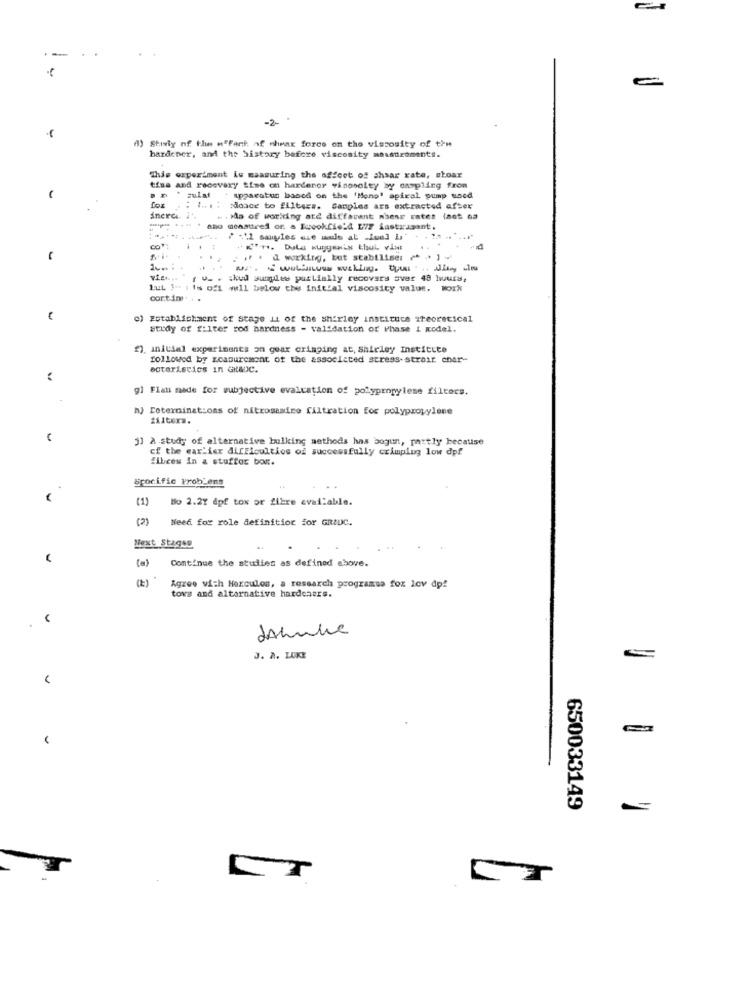
-2-
A) Staly of the efFant af whenx force on the viscosity of the
hardener, and the history before viscosity measurements.
This experiment is maamuring the offoot of shsar rate, skoar
tina and recovery sime on hardenor visoselty by caspling from
. mulat
apparatus based on the 'Meno' spiral pump wood
fox
. : 1 .. . : doce bo filters. Samples ars extracted after
ineres i'
. . Ma of working ate different niese ratet last Ga
map= "+" " ano meastired of a Euookfic'4 E77 fastrasant.
¿ - 11 sangles «se made at lus] L
"En Dula wugyanis thul vist
.. . . . d working, but stabilise: ** ]₩
vish .. " ( v. . : kud Jungles partially recovers svar 48 hours,
Lut 1- 1 is oft well below the initial viscosity value, Work
cortin. ..
o) Establishment of stage it of the shirley instituce zreoretical
study of filter rod hardness - validation of Phase i model.
2), initial experiments on goar cringing at, Shirley Institute
followed by zcasurement of the associated stress-strait cher-
ecteristics in GRADc.
gl Flan made for subjective evaluation of polypropylene filters.
h) Coterminations of nitrosamire filtration for polypropylene
tiltera.
j] A study of alternative bulking methods has bogun, partly because
cf the earlier difficulties of successfully crimping low dpf
fibces in & stuffor bom.
Specific ProbLens
(1)
Bo 2.27 apf tox or fibre available.
(2)
Need for role definition for GRIDC.
Next Stageg
Continue the studies as defined above.
(E)
tove and alternative hardeners.
Agree with Hercules, a research programsa foz lov dp!
J. A. LUKE
650033149